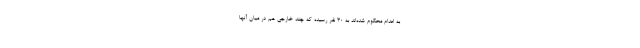
به اعدام محکوم شده‌اند به ۳۰ نفر رسیده که چند خارجی هم در میان آنها